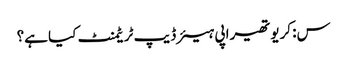
س: کریوتھیراپی ہیئر ڈیپ ٹریٹمنٹ کیا ہے؟